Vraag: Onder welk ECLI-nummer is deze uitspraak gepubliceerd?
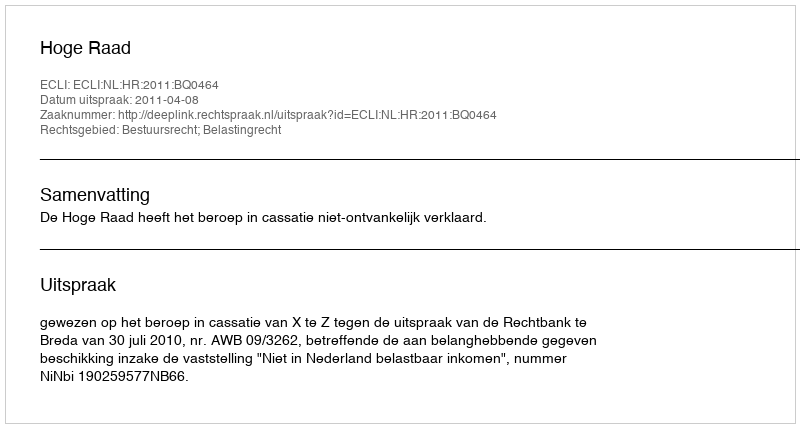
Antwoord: ECLI:NL:HR:2011:BQ0464